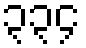
၃၃၄